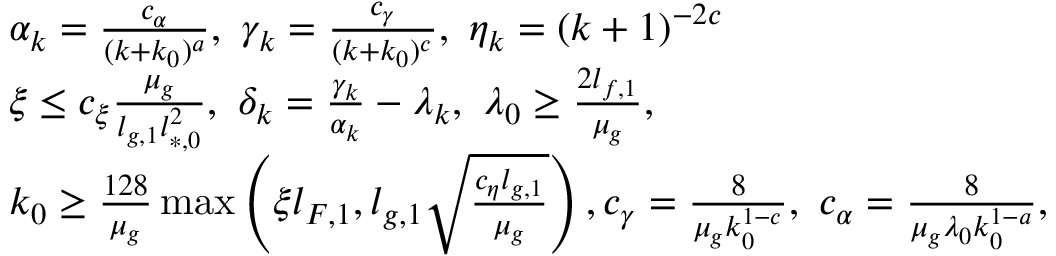
\begin{array} { r l } & { \alpha _ { k } = \frac { c _ { \alpha } } { ( k + k _ { 0 } ) ^ { a } } , \ \gamma _ { k } = \frac { c _ { \gamma } } { ( k + k _ { 0 } ) ^ { c } } , \ \eta _ { k } = ( k + 1 ) ^ { - 2 c } } \\ & { \xi \le c _ { \xi } \frac { \mu _ { g } } { l _ { g , 1 } l _ { * , 0 } ^ { 2 } } , \ \delta _ { k } = \frac { \gamma _ { k } } { \alpha _ { k } } - \lambda _ { k } , \ \lambda _ { 0 } \ge \frac { 2 l _ { f , 1 } } { \mu _ { g } } , } \\ & { k _ { 0 } \ge \frac { 1 2 8 } { \mu _ { g } } \operatorname* { m a x } \left( \xi l _ { F , 1 } , l _ { g , 1 } \sqrt { \frac { c _ { \eta } l _ { g , 1 } } { \mu _ { g } } } \right) , c _ { \gamma } = \frac { 8 } { \mu _ { g } k _ { 0 } ^ { 1 - c } } , \ c _ { \alpha } = \frac { 8 } { \mu _ { g } \lambda _ { 0 } k _ { 0 } ^ { 1 - a } } , } \end{array}